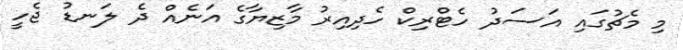
މި މެޗުގައި އަސަދު ހެޓްރިކް ހެދިއިރު މާޒިޔާގެ އަނެއް ދެ ލަނޑު ޖެހީ